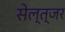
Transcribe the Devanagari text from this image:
सेल्त्जर